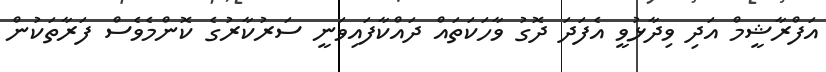
އަފްރާޝީމް އަދި ވިދާޅުވީ އެފަދަ ދޮގު ވާހަކަތައް ދައްކާފައިވަނީ ސަރުކާރުގެ ކޮންމެވެސް ފަރާތަކުން